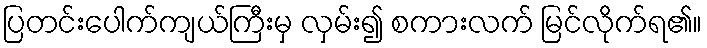
ပြတင်းပေါက်ကျယ်ကြီးမှ လှမ်း၍ စကားလက် မြင်လိုက်ရ၏။